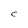
Character: C